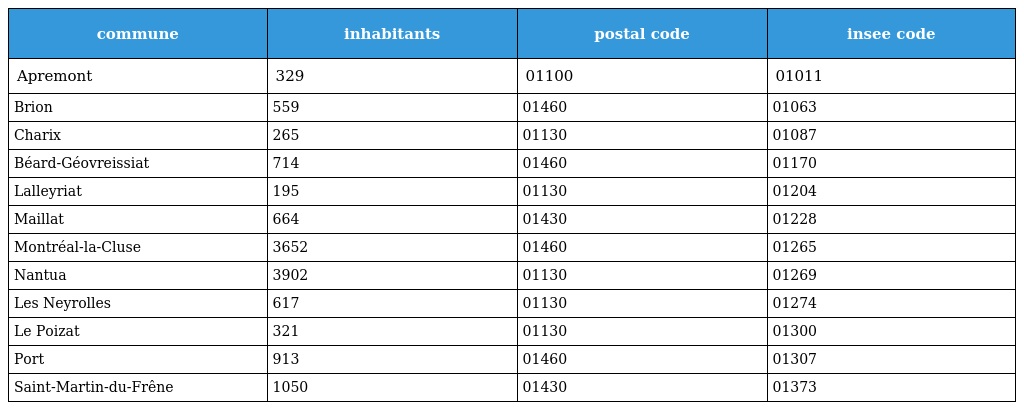
| commune | inhabitants | postal code | insee code |
 | --- | --- | --- | --- |
 | Apremont | 329 | 01100 | 01011 |
 | Brion | 559 | 01460 | 01063 |
 | Charix | 265 | 01130 | 01087 |
 | Béard-Géovreissiat | 714 | 01460 | 01170 |
 | Lalleyriat | 195 | 01130 | 01204 |
 | Maillat | 664 | 01430 | 01228 |
 | Montréal-la-Cluse | 3652 | 01460 | 01265 |
 | Nantua | 3902 | 01130 | 01269 |
 | Les Neyrolles | 617 | 01130 | 01274 |
 | Le Poizat | 321 | 01130 | 01300 |
 | Port | 913 | 01460 | 01307 |
 | Saint-Martin-du-Frêne | 1050 | 01430 | 01373 |